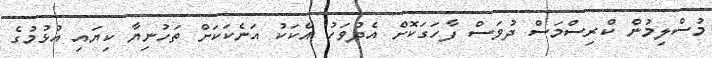
މުސްލިމުން ކްރިސްމަސް ދުވަސް ފާހަގަކޮށް އެދުވަހު އެކަކު އަނެކަކަށް ތަހުނިޔާ ކިޔައި އުޅުމުގެ